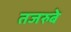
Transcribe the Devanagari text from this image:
तजरुबे